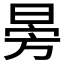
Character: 𣃸